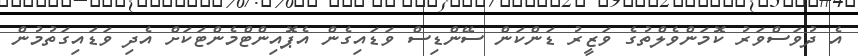
އެ ދުވަސްވަރު ކޮމަންވެލްތުގެ ވަޒީރު ޑަންކަން ސޭންޑިސް ވަޑައިގެން އެޕޮއިންޓްމެންޓަކަށް އެދި ވަޑައިގަތުމުން